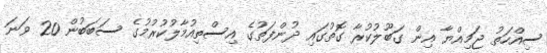
ސިއްހަތު ޖަމިއްޔާ އިން ގަބޫލުކުރާ ގޮތުގައި ދުންފަތުގެ އިސްތިއުމާލުކުރުމުގެ ސަބަބުން 20 ވަނަ